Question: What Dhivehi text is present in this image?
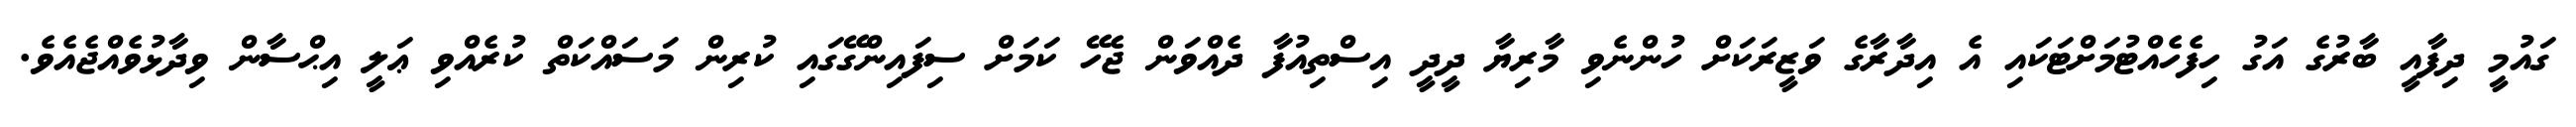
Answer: ގައުމީ ދިފާއީ ބާރުގެ އަގު ހިފެހެއްޓުމަށްޓަކައި އެ އިދާރާގެ ވަޒީރަކަށް ހުންނެވި މާރިޔާ ދީދީ އިސްތިއުފާ ދެއްވަން ޖެހޭ ކަމަށް ސިފައިންގޭގައި ކުރިން މަސައްކަތް ކުރެއްވި ޢަލީ އިޙްސާން ވިދާޅުވެއްޖެއެވެ.